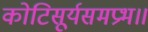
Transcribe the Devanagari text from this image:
कोटिसूर्यसमप्रभ॥